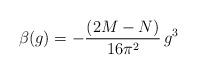
LaTeX: \begin{align*}\beta(g) = - \frac{(2M-N)}{16\pi^2}\,g^3 \end{align*}